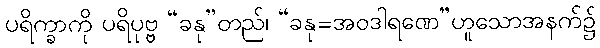
ပရိက္ခာကို ပရိပုဗ္ဗ “ခနု”တည်၊ “ခနု=အဝဒါရဏေ”ဟူသောအနက်၌